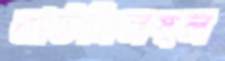
কাউন্সিলস্থল